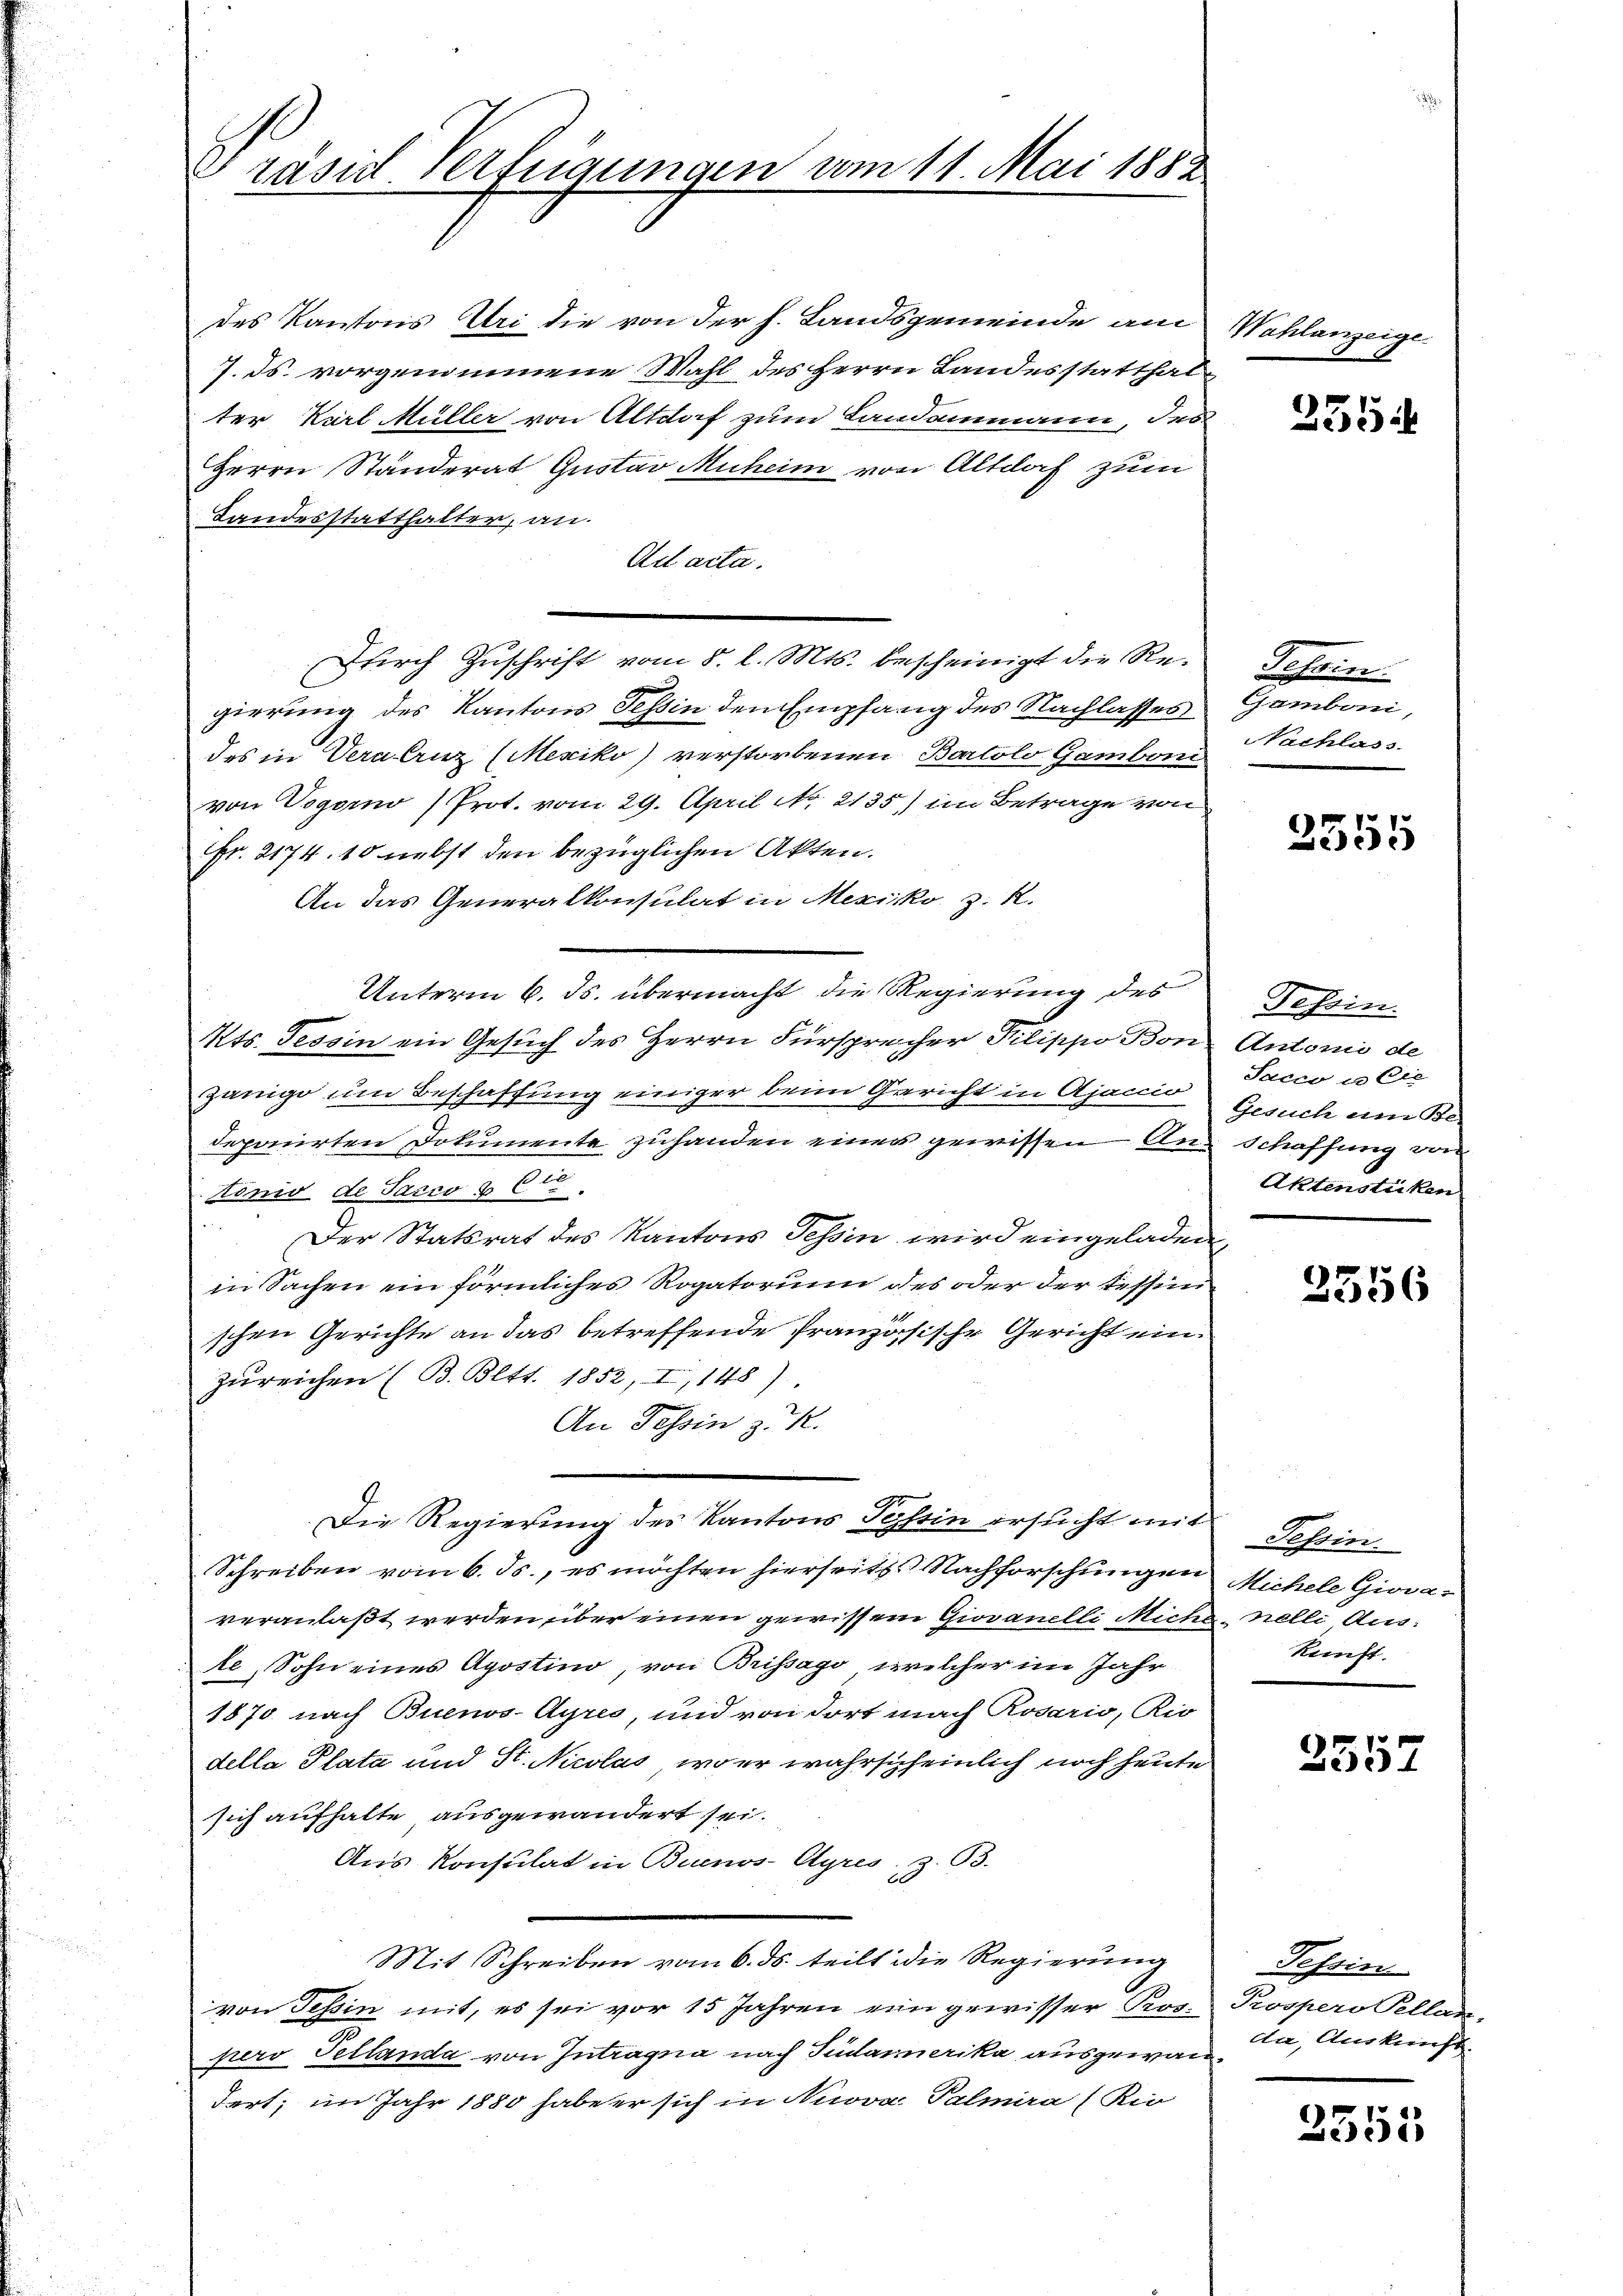
Präsid. Verfügungen vom 11. Mai 1882.

des Kantons Uri die von der h. Landsgemeinde am
7. ds. vorgenommene Wahl des Herrn Landesstatthal
ter Karl Müller von Altdaf zum Landammann, der
Herrn Standerat Gustav Muheim von Altdorf zum
Landesstatthalter, an.
Ad acta.
gierung des Kantons Tessin den Empfang des Nachlasses
des in Veralruz (Mexiko) verstorbenen Bartolo Gamboni
von Vogorno Prot. vom 29. April No 2135) im Betrage von
Fr. 2174. 10 nebst den bezüglichen Akten.
An das Generalkonsulat in Mexico z. R.
Kts. Tessin ein Gesuch des Herrn Fürsprecher Pilippo Bon Antonio de
Zanige um Beschaffung einiger beim Gericht in Ajanio
deponirten Dokumente zuhanden einer gewissen An- Schaffung von
tinis de Sacco & 6te
Der Statsrat des Kantons Tessin wird eingeladen,
in Sachen ein förmliches Rogatorium des oder der Tessin
schen Gerichte an das betreffende französische Gericht einzureichen (B. Bett. 1852, I,148)
An Tessin z. R.
Die Regierung des Kantons Tessin ersucht mit
Schreiben vom 6. ds., es möchten hierseits Nachforschungen Michele Giovaveranlaßt werden über einen gewissem Giovanelli Mict.
te Sohn eines Apostino, von Brissago, welcher im Jahr
1870 nach Buenos-Ayres, und von dort nach Rosario, Rio-
della Plata und St. Nicolas, wo er wahrscheinlich noch heute
sich aufhalte, ausgewandert sei.
Aus Konsulat in Buenos-Ayres, z. 63.
Mit Schreiben vom 6. ds. teilt die Regierung
von Tessin mit, es sei vor 15 Jahren ein gewisser Prov. Prospero Pellan-
pero Tellanda von Intragna nach Gudarmerika ausgewandert; im Jahr 1880 habe er sich in Nuova Palmira (Kio

Durch Zuschrift vom 8. l. Mts. bescheinigt die Re¬

Unterm 6. ds. übermacht, die Regierung des

Wahlanzeige

255

Schein.
Gamboni,
Nachlass.

2555

Tessin.
Sacco un die
Gesuch am Be-
Aktenstüken

2356

Tessin.
d. Nelli Aus-
kunft.

P
233.

Tessin
da, Auskunft

2553